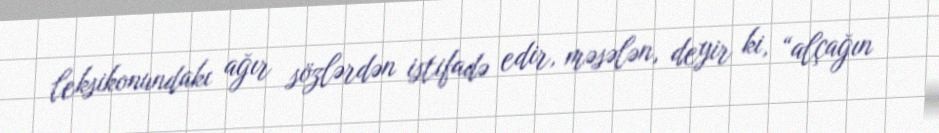
leksikonundakı ağır sözlərdən istifadə edir, məsələn, deyir ki, “alçağın